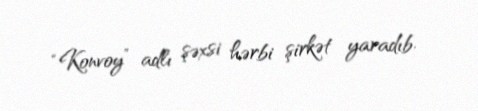
“Konvoy” adlı şəxsi hərbi şirkət yaradıb.